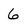
Character: 6